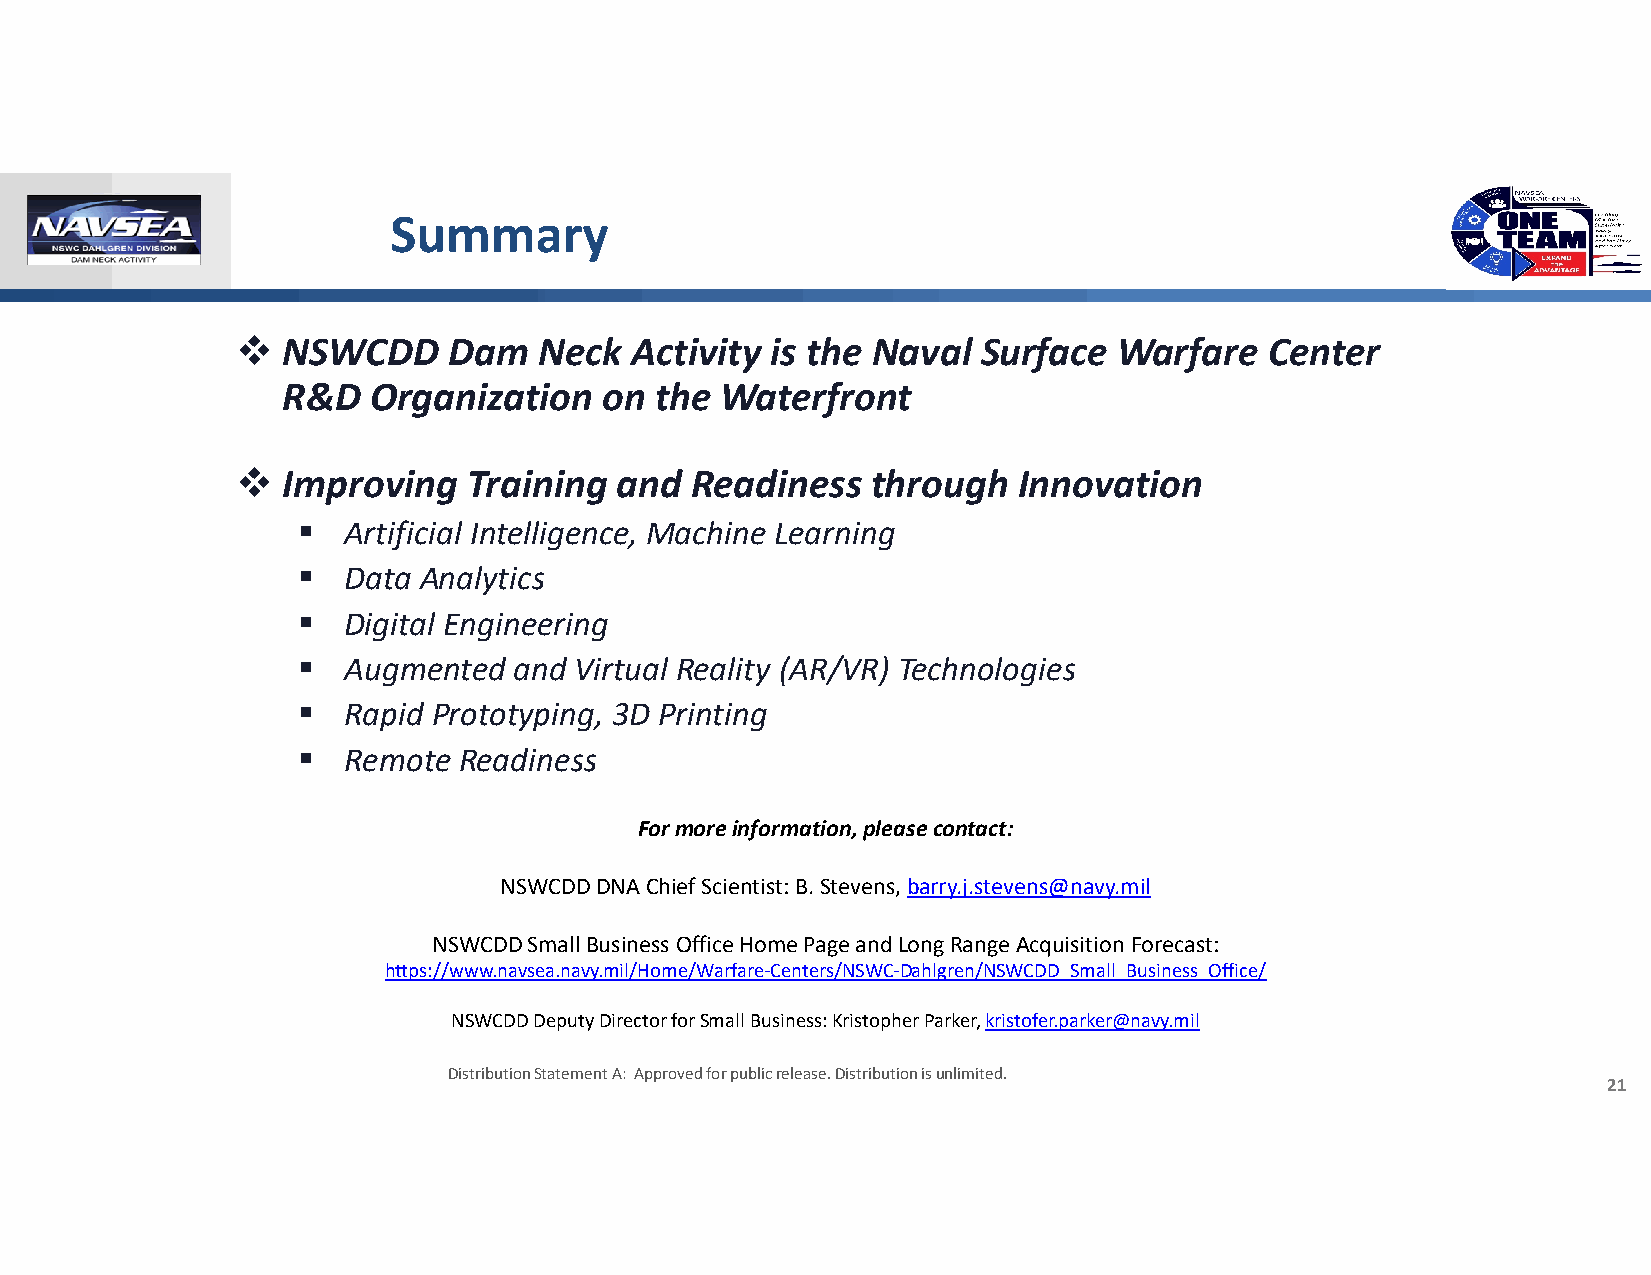
Summary
   NSWCDD     Dam   Neck  Activity is the Naval  Surface  Warfare   Center
 R&D  Organization    on the  Waterfront
   Improving   Training  and  Readiness   through  Innovation
   Artificial Intelligence, Machine Learning
   Data Analytics
   Digital Engineering
   Augmented  and Virtual Reality (AR/VR) Technologies
   Rapid Prototyping, 3D Printing
   Remote Readiness
 For more information, please contact:
 NSWCDD DNA Chief Scientist: B. Stevens, barry.j.stevens@navy.mil
 NSWCDD Small Business Office Home Page and Long Range Acquisition Forecast:
 https://www.navsea.navy.mil/Home/Warfare‐Centers/NSWC‐Dahlgren/NSWCDD_Small_Business_Office/
 NSWCDD Deputy Director for Small Business: Kristopher Parker, kristofer.parker@navy.mil
 Distribution Statement A: Approved for public release. Distribution is unlimited.
 21